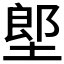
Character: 𡏅